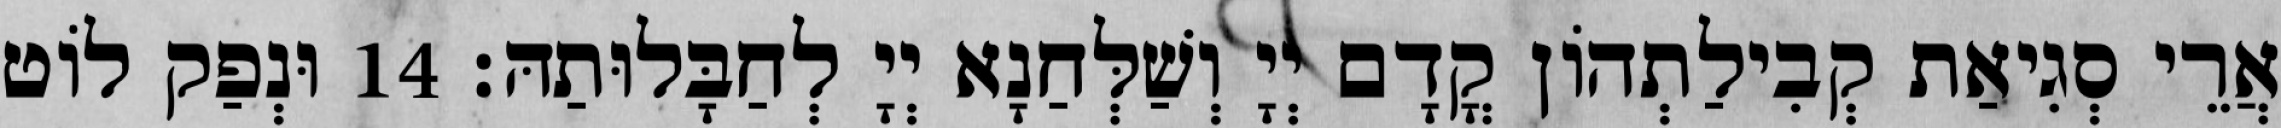
אֲרֵי סְגִיאַת קְבִילַתְהוֹן קֳדָם יְיָ וְשַׁלְּחַנָא יְיָ לְחַבָּלוּתַהּ׃ 14 וּנְפַק לוֹט